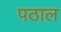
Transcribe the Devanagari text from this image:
पठाल